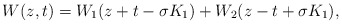
\begin{align*}W(z,t)= W_1(z+t-\sigma K_1)+W_2(z-t+\sigma K_1), \end{align*}